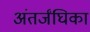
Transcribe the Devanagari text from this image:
अंतर्जंघिका